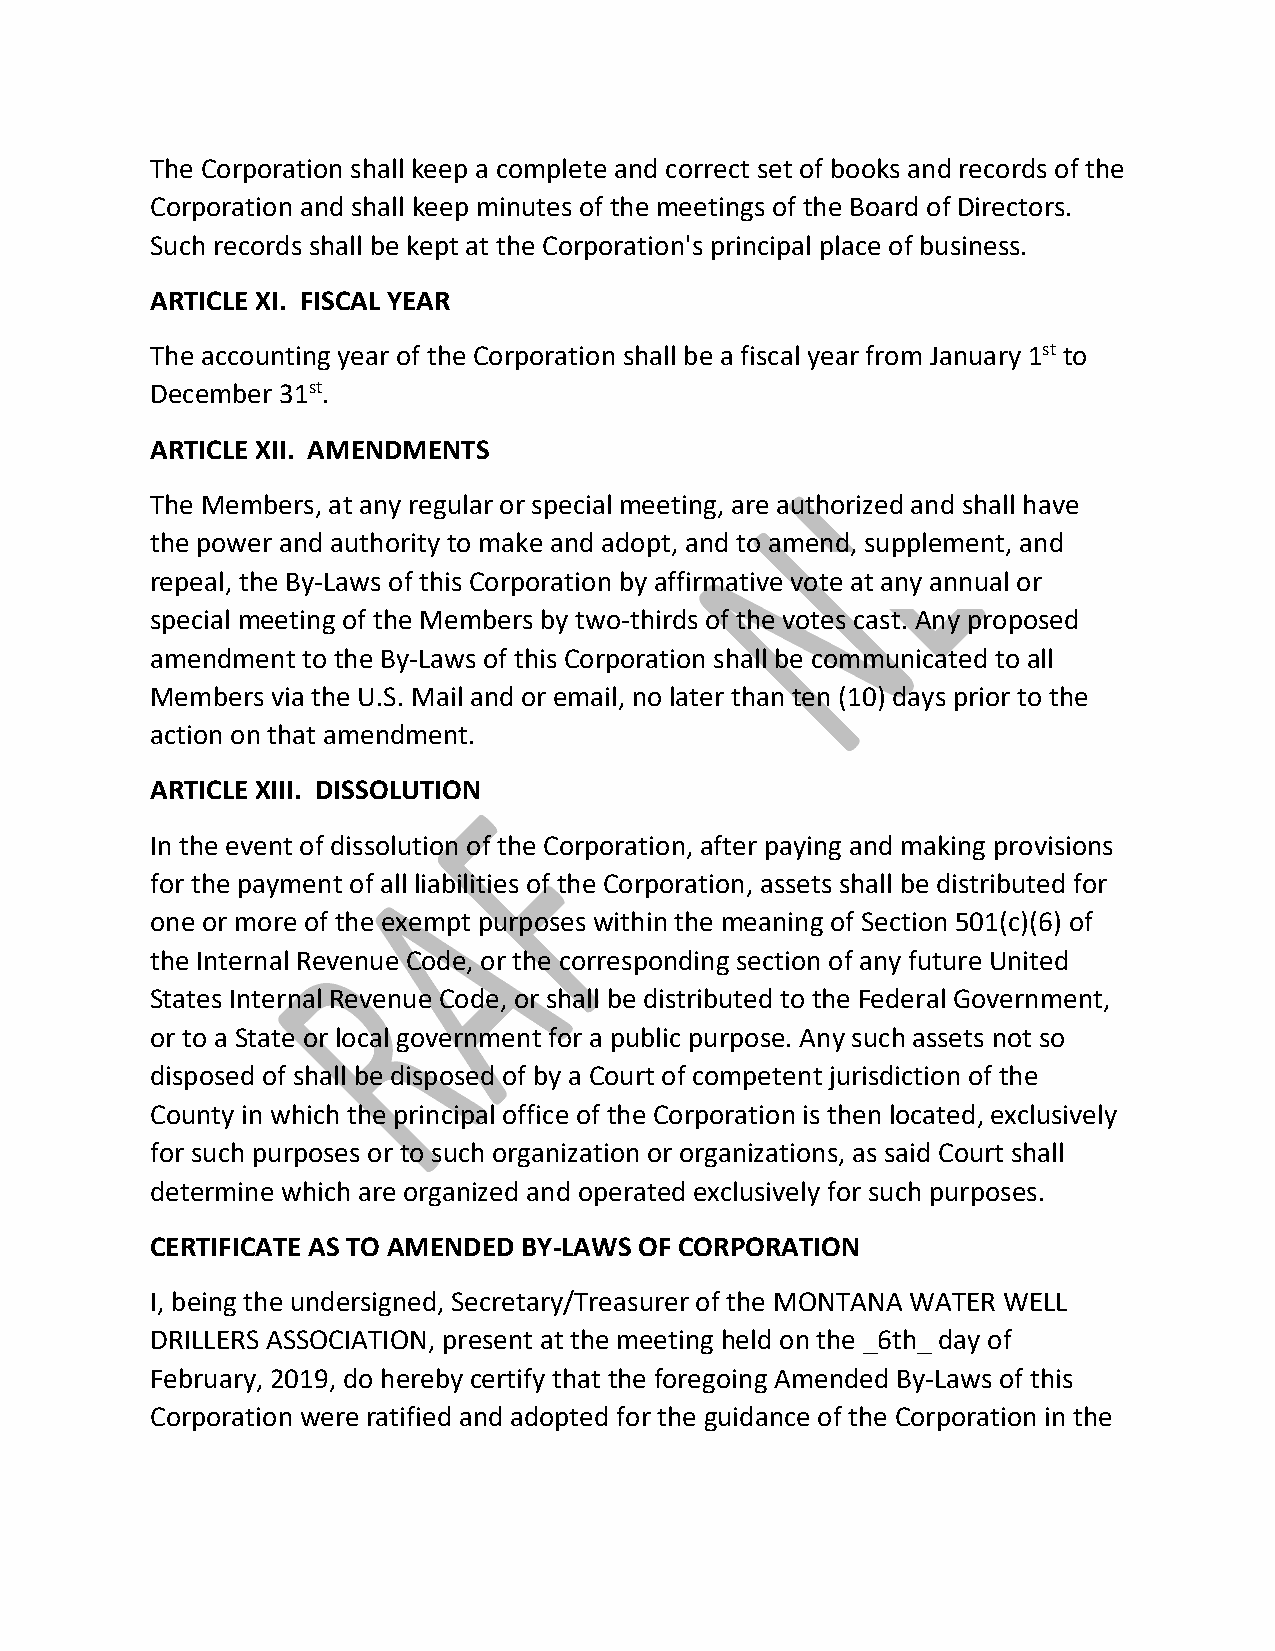
The Corporation shall keep a complete and correct set of books and records of the
 Corporation and shall keep minutes of the meetings of the Board of Directors.
 Such records shall be kept at the Corporation's principal place of business.
 ARTICLE XI. FISCAL YEAR
 The accounting year of the Corporation shall be a fiscal year from January 1st to
 December 31st.
 ARTICLE XII. AMENDMENTS
 The Members, at any regular or special meeting, are authorized and shall have
 the power and authority to make and adopt, and to amend, supplement, and
 repeal, the By‐Laws of this Corporation by affirmative vote at any annual or
 special meeting of the Members by two‐thirds of the votes cast. Any proposed
 amendment to the By‐Laws of this Corporation shall be communicated to all
 Members via the U.S. Mail and or email, no later than ten (10) days prior to the
 action on that amendment.
 ARTICLE XIII. DISSOLUTION
 In the event of dissolution of the Corporation, after paying and making provisions
 for the payment of all liabilities of the Corporation, assets shall be distributed for
 one or more of the exempt purposes within the meaning of Section 501(c)(6) of
 the Internal Revenue Code, or the corresponding section of any future United
 States Internal Revenue Code, or shall be distributed to the Federal Government,
 or to a State or local government for a public purpose. Any such assets not so
 disposed of shall be disposed of by a Court of competent jurisdiction of the
 County in which the principal office of the Corporation is then located, exclusively
 for such purposes or to such organization or organizations, as said Court shall
 determine which are organized and operated exclusively for such purposes.
 CERTIFICATE AS TO AMENDED BY‐LAWS OF CORPORATION
 I, being the undersigned, Secretary/Treasurer of the MONTANA WATER WELL
 DRILLERS ASSOCIATION, present at the meeting held on the _6th_ day of
 February, 2019, do hereby certify that the foregoing Amended By‐Laws of this
 Corporation were ratified and adopted for the guidance of the Corporation in the